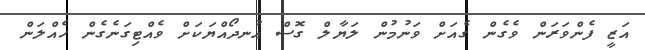
އަޒީ ފެންވަރަން ވެގެން ގެއަށް ވަނުމުން ލަޔާލް ގޮސް އުނދޯއްޔަކަށް ވެއްޓިގަނެގެން ހެއްލަން